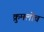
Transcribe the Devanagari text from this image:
क्रुमलोव